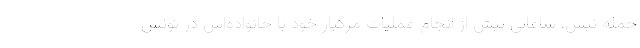
حمله نیس، ساعاتی پیش از انجام عملیات مرگبار خود با خانواده‌اش در تونس